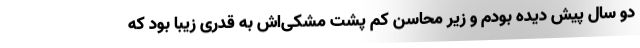
دو سال پیش دیده بودم و زیر محاسن کم پشت مشکی‌اش به قدری زیبا بود که